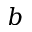
b